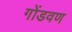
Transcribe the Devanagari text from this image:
गोंडवण